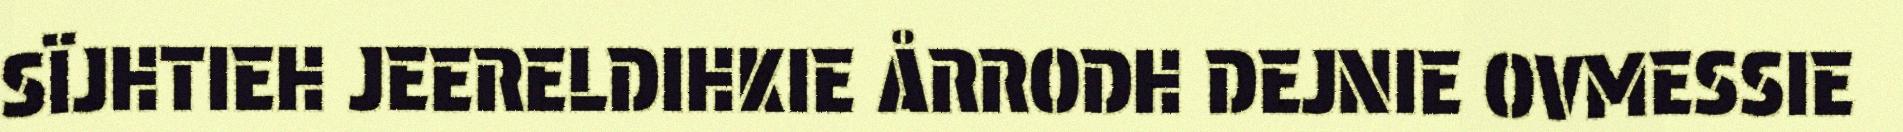
SÏJHTIEH JEERELDIHKIE ÅRRODH DEJNIE OVMESSIE